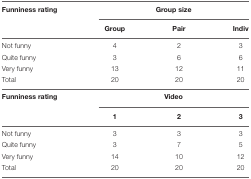
<table><thead><tr><td><b>Funniness rating</b></td><td colspan="3"><b>Group size</b></td></tr><tr><td></td><td><b>Group</b></td><td><b>Pair</b></td><td><b>Indiv</b></td></tr></thead><tbody><tr><td>Not funny</td><td>4</td><td>2</td><td>3</td></tr><tr><td>Quite funny</td><td>3</td><td>6</td><td>6</td></tr><tr><td>Very funny</td><td>13</td><td>12</td><td>11</td></tr><tr><td>Total</td><td>20</td><td>20</td><td>20</td></tr><tr><td><b>Funniness rating</b></td><td colspan="3"><b>Video</b></td></tr><tr><td></td><td><b>1</b></td><td><b>2</b></td><td><b>3</b></td></tr><tr><td>Not funny</td><td>3</td><td>3</td><td>3</td></tr><tr><td>Quite funny</td><td>3</td><td>7</td><td>5</td></tr><tr><td>Very funny</td><td>14</td><td>10</td><td>12</td></tr><tr><td>Total</td><td>20</td><td>20</td><td>20</td></tr></tbody></table>